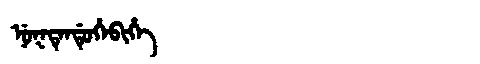
Manchu: ᠨᡠᡴᡨᡝᠨᡩᡠᡥᡝᠪᡳᡥᡝ
Romanization: NUKTENDUHEBIHE